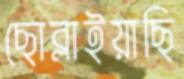
ছোব্‌লাইয়াছি